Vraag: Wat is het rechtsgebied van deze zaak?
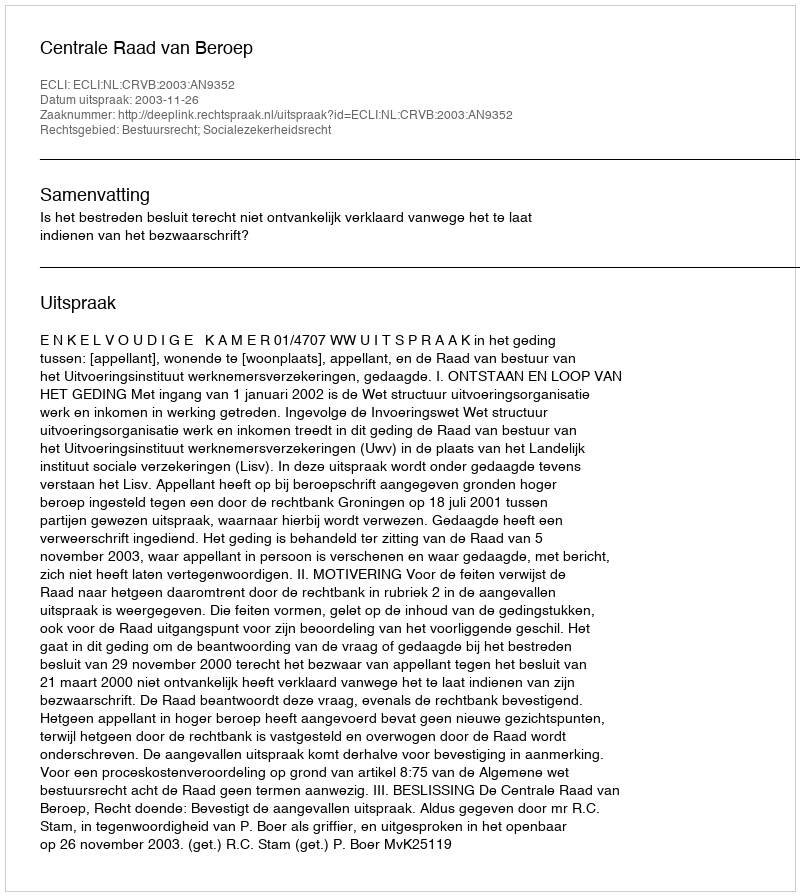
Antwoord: Bestuursrecht; Socialezekerheidsrecht